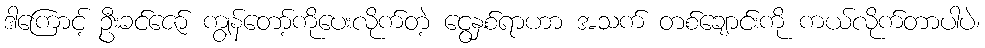
ဒါကြောင့် ဦးခင်ဇော် ကျွန်တော့်ကိုပေးလိုက်တဲ့ ငွေနှစ်ရာဟာ အသက် တစ်ချောင်းကို ကယ်လိုက်တာပါပဲ၊